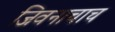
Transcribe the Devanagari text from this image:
जिवनाचाच